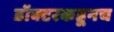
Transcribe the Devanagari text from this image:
डॉक्टरकडूनच